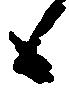
候